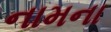
નામના